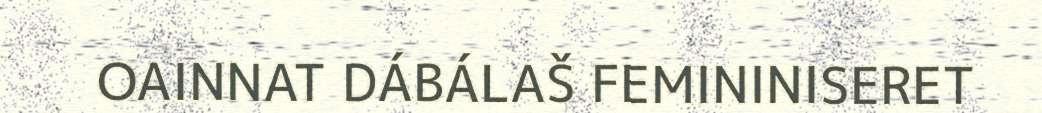
OAINNAT DÁBÁLAŠ FEMININISERET